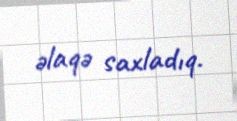
əlaqə saxladıq.